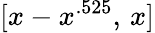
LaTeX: [x-x^{.525},\, x]